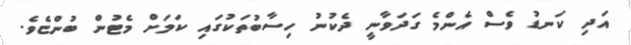
އަދި ކަނޑު ވެސް އެންމެ ގަދަވާނީ ދެކުނު ހިސާބުތަކުގައި ކަމަށް މެޓުން ބުންޏެވެ.